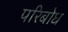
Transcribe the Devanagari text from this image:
परिबोध